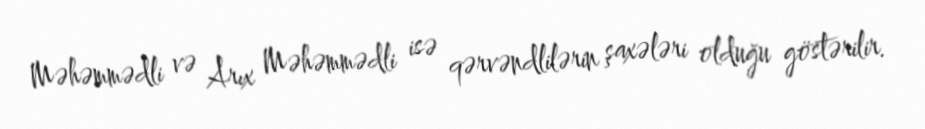
Məhəmmədli və Arıx Məhəmmədli isə qərvəndlilərin şaxələri olduğu göstərilir.